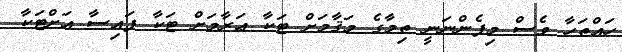
ހައްތަހާ ވެސް މިފެންނަނީ ތިމާގެ މަޤާމަށް ޓަކާ ޢަރާމަށް ޓަކާ ފައިސާ އަށްޓަކާ